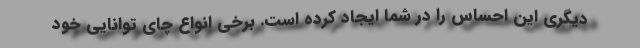
دیگری این احساس را در شما ایجاد کرده است. برخی انواع چای توانایی خود